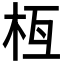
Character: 𣐛